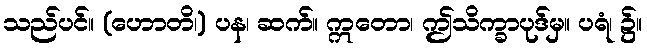
သည်ပင်။ (ဟောတိ၊) ပန၊ ဆက်။ ဣတော၊ ဤသိက္ခာပုဒ်မှ။ ပရံ၊ ၌။